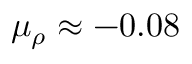
\mu _ { \rho } \approx - 0 . 0 8